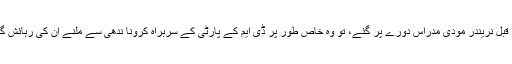
ابھی چند روز قبل نریندر مودی مدراس دورے پر گئے، تو وہ خاص طور پر ڈی ایم کے پارٹی کے سربراہ کرونا ندھی سے ملنے ان کی رہائش گاہ پر پہنچے ۔